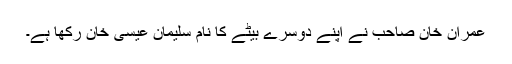
عمران خان صاحب نے اپنے دوسرے بیٹے کا نام سلیمان عیسیٰ خان رکھا ہے۔